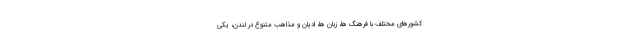
کشورهای مختلف با فرهنگ ها، زبان ها، ادیان و مذاهب متنوع در لندن، یکی